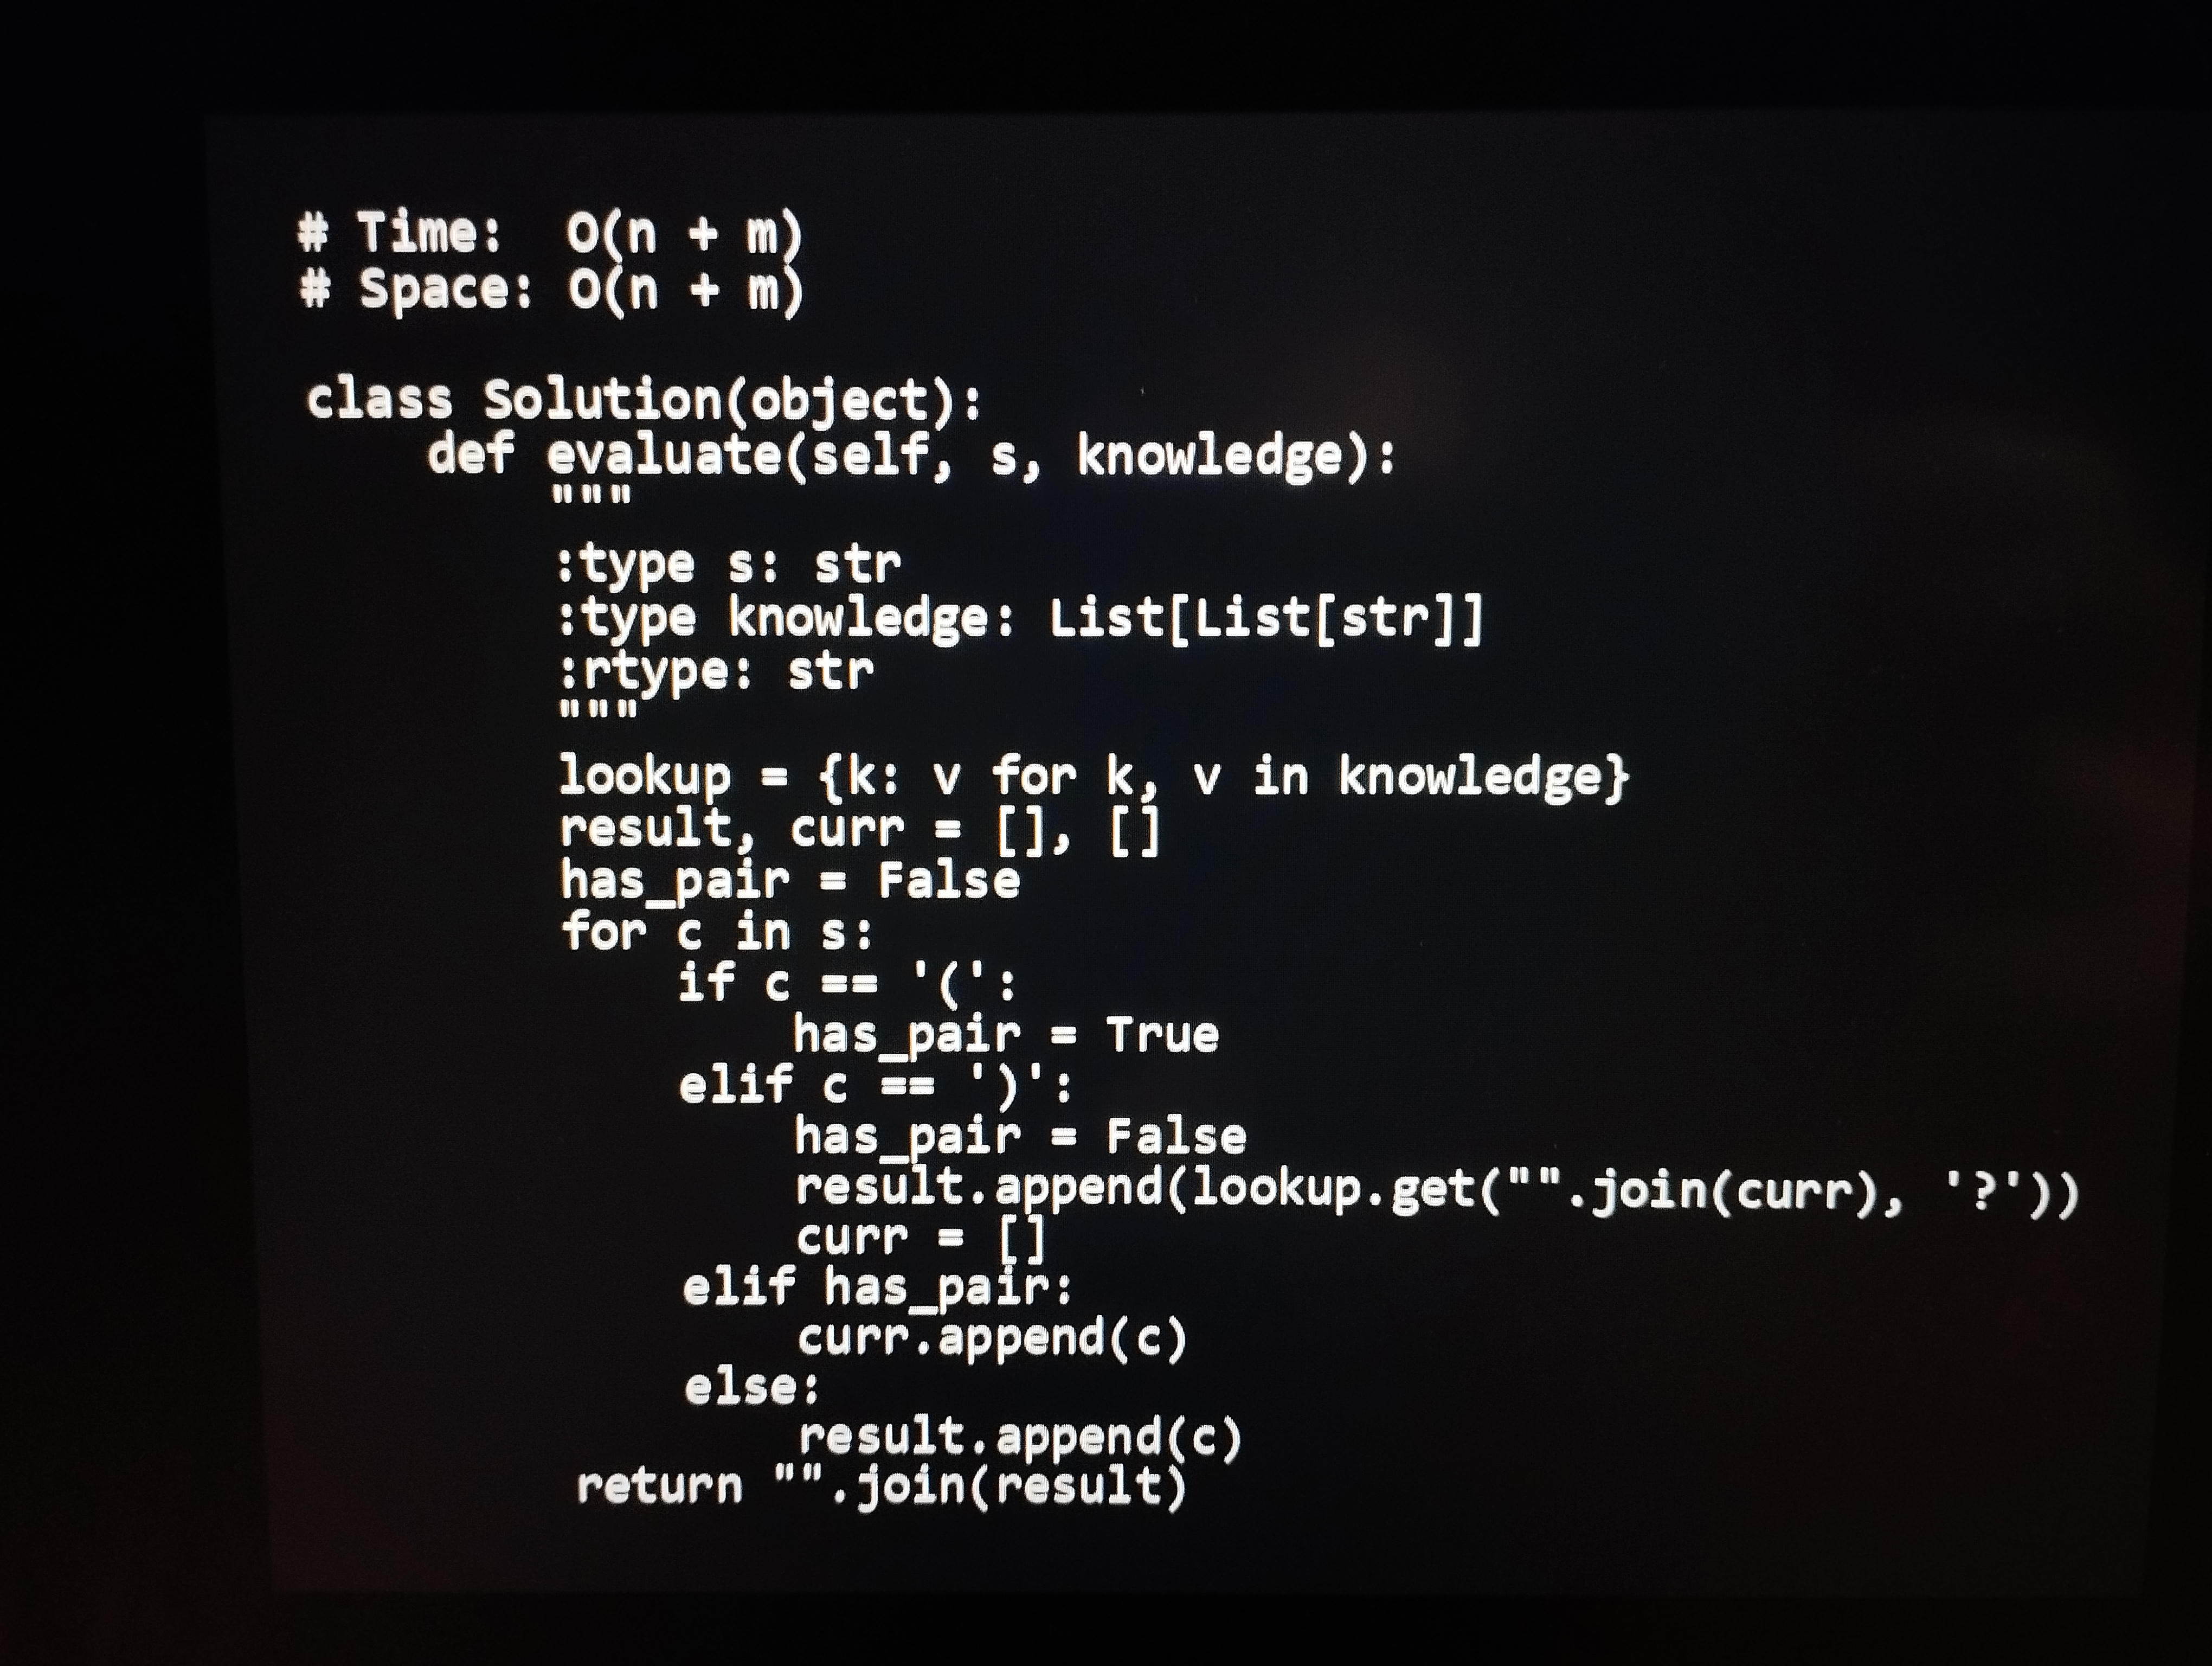
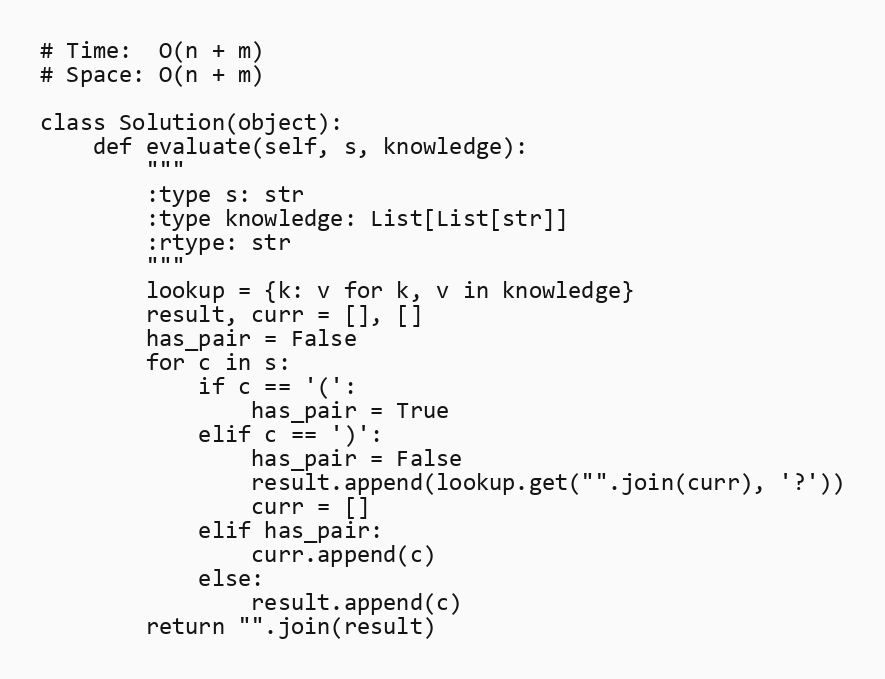
# Time:  O(n + m)
# Space: O(n + m)

class Solution(object):
    def evaluate(self, s, knowledge):
        """
        :type s: str
        :type knowledge: List[List[str]]
        :rtype: str
        """
        lookup = {k: v for k, v in knowledge}
        result, curr = [], []
        has_pair = False
        for c in s:
            if c == '(':
                has_pair = True
            elif c == ')':
                has_pair = False
                result.append(lookup.get("".join(curr), '?'))
                curr = []
            elif has_pair:
                curr.append(c)
            else:
                result.append(c)
        return "".join(result)